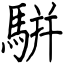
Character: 騈